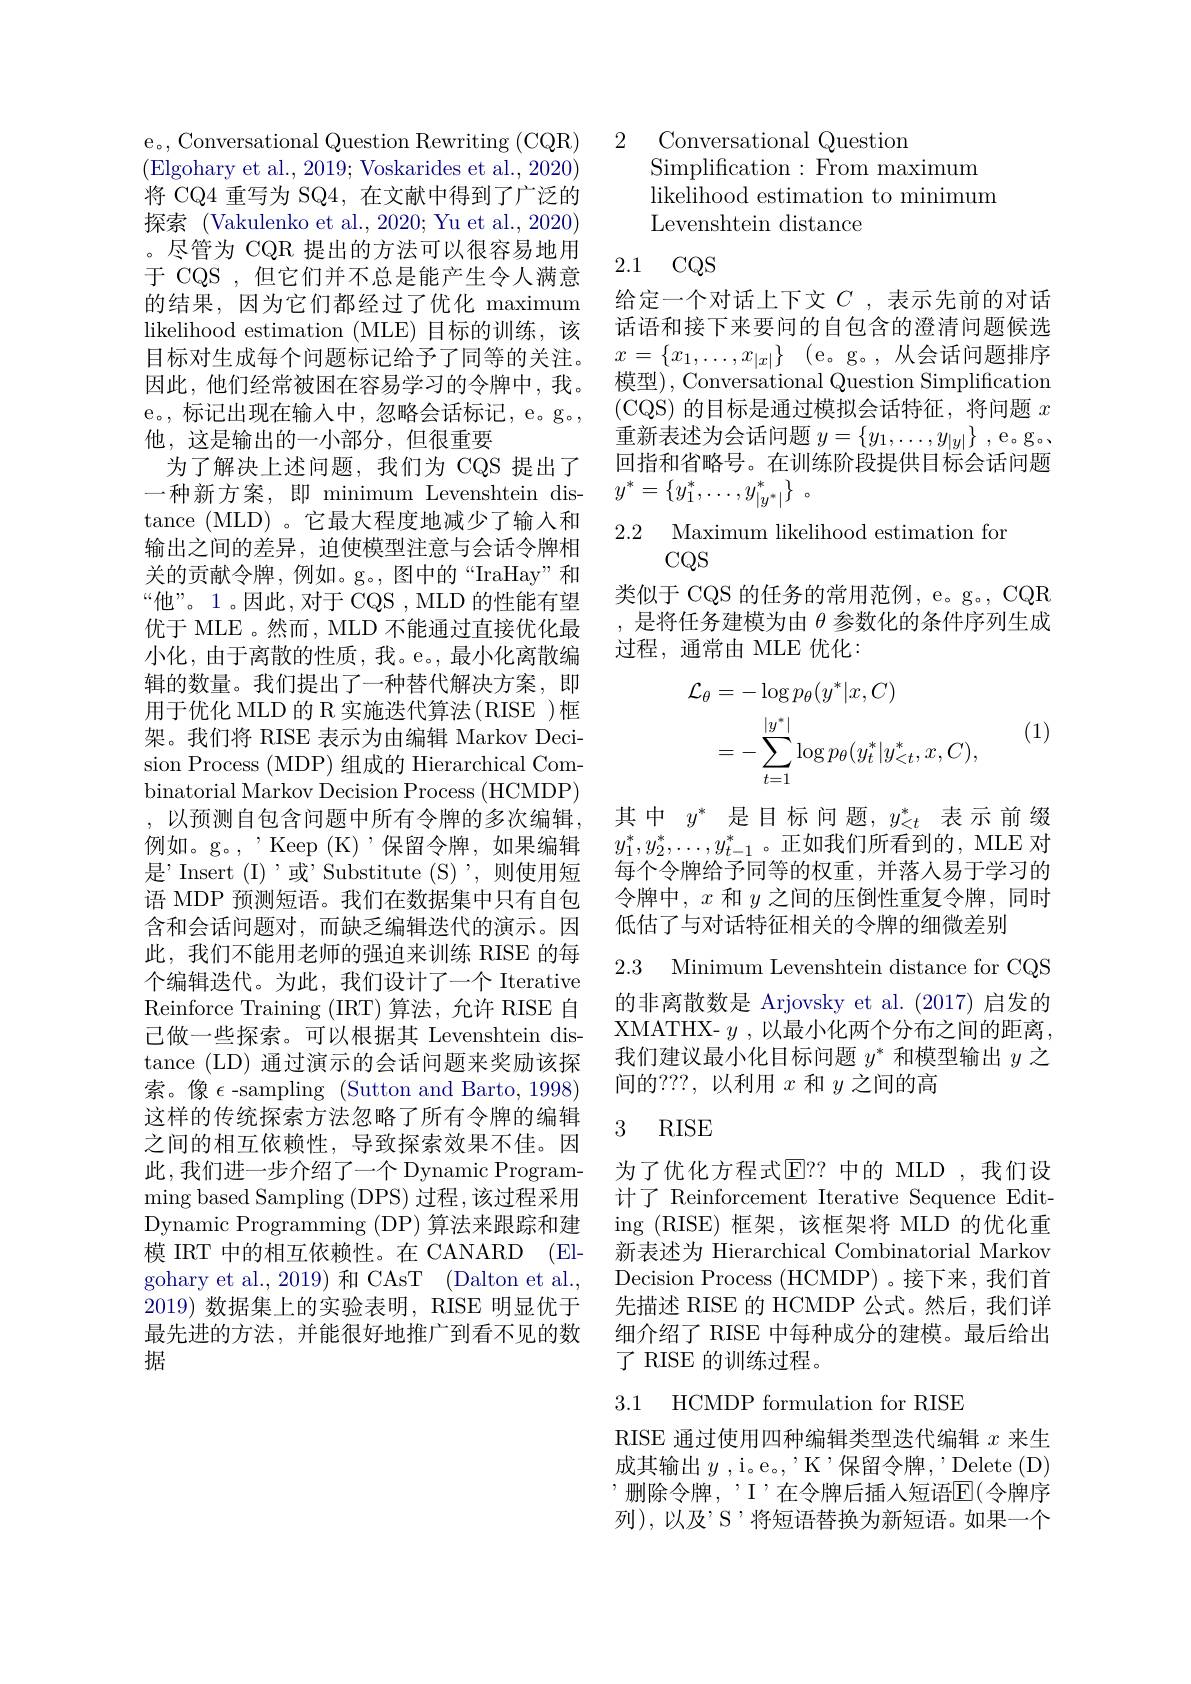
e。, Conversational Question Rewriting (CQR) (Elgohary et al., 2019; Voskarides et al., 2020) 将 CQ4 重写为 SQ4, 在文献中得到了广泛的探索 (Vakulenko et al., 2020; Yu et al., 2020) 。尽管为 CQR 提出的方法可以很容易地用于 CQS , 但它们并不总是能产生令人满意的结果，因为它们都经过了优化 maximum likelihood estimation (MLE) 目标的训练，该目标对生成每个问题标记给予了同等的关注。因此，他们经常被困在容易学习的令牌中，我。e。,标记出现在输入中，忽略会话标记，e。g。他，这是输出的一小部分，但很重要
为了解决上述问题，我们为 CQS 提出了一种新方案，即 minimum Levenshtein distance (MLD) 。它最大程度地减少了输入和输出之间的差异，迫使模型注意与会话令牌相关的贡献令牌，例如。g。,图中的“IraHay”和“他”。1。因此，对于 CQS , MLD 的性能有望优于 MLE 。然而，MLD 不能通过直接优化最小化，由于离散的性质，我。e。,最小化离散编辑的数量。我们提出了一种替代解决方案，即用于优化 MLD 的 R 实施迭代算法(RISE )框架。我们将 RISE 表示为由编辑 Markov Decision Process (MDP) 组成的 Hierarchical Combinatorial Markov Decision Process (HCMDP) ,以预测自包含问题中所有令牌的多次编辑， 例如。g。, " Keep (K) '保留令牌，如果编辑是’Insert (I)’或’Substitute (S)’,则使用短语 MDP 预测短语。我们在数据集中只有自包含和会话问题对，而缺乏编辑迭代的演示。因此，我们不能用老师的强迫来训练 RISE 的每个编辑迭代。为此，我们设计了一个 Iterative Reinforce Training (IRT) 算法，允许 RISE 自己做一些探索。可以根据其 Levenshtein distance (LD) 通过演示的会话问题来奖励该探索。像$\epsilon$ -sampling (Sutton and Barto, 1998) 这样的传统探索方法忽略了所有令牌的编辑之间的相互依赖性，导致探索效果不佳。因此，我们进一步介绍了一个 Dynamic Programming based Sampling ( DPS) 过 程 , 该 过 程 采 用 Dynamic Programming (DP) 算法来跟踪和建模 IRT 中的相互依赖性。在 CANARD (Elgohary et al., 2019) 和 CAsT (Dalton et al., 2019)数据集上的实验表明，RISE 明显优于最先进的方法，并能很好地推广到看不见的数据

2

Conversational Question

Simplification:From maximum

likelihood estimation to minimum

Levenshtein distance

## 2.1 CQS

给定一个对话上下文$C$ ,表示先前的对话话语和接下来要问的自包含的澄清问题候选$x= \{ x_1, \ldots , x_{| x| }\}$ (e。g。,从会话问题排序模型), Conversational Question Simplification (CQS)的目标是通过模拟会话特征，将问题$x$ 重新表述为会话问题$y=\{y_1,\ldots,y_{|y|}\}$ , e。g。回指和省略号。在训练阶段提供目标会话问题$y^* = \{ y_1^* , \ldots , y_{| y^* | }^* \}$ 。

2.2 Maximum likelihood estimation fon
$CQS$

类似于 CQS 的任务的常用范例，e。g。, CQR ,是将任务建模为由$\theta$参数化的条件序列生成过程，通常由 MLE 优化：

(1)
$$\begin{aligned}\mathcal{L}_{\theta}&=-\log p_{\theta}(y^{*}|x,C)\\&=-\sum_{t=1}^{|y^{*}|}\log p_{\theta}(y_{t}^{*}|y_{<t}^{*},x,C),\end{aligned}$$
其中$y^*$是目标问题，$y_<t^*$表示前缀$y_1^*,y_2^*,\ldots,y_{t-1}^*$。正如我们所看到的，MLE 对每个令牌给予同等的权重，并落人易于学习的令牌中，$x$和$y$之间的压倒性重复令牌，同时低估了与对话特征相关的令牌的细微差别

2.3 Minimum Levenshtein distance for CQS

的非离散数是 Arjovsky et al.(2017) 启发的XMATHX- $y$, 以最小化两个分布之间的距离， 我们建议最小化目标问题$y^*$和模型输出$y$之间的？??,以利用$x$和$y$之间的高

## 3 RISE

为了优化方程式E？? 中的 MLD ,我们设计了 Reinforcement Iterative Sequence Editing (RISE) 框架，该框架将 MLD 的优化重新表述为 Hierarchical Combinatorial Markov Decision Process (HCMDP) 。接下来，我们首先描述 RISE 的 HCMDP 公式。然后，我们详细介绍了 RISE 中每种成分的建模。最后给出了 RISE 的训练过程。

### 3.1 HCMDP formulation for RISE

RISE 通过使用四种编辑类型迭代编辑$x$来生成其输出$y$ ,i。e。, 'K'保留令牌，'Delete(D) '删除令牌，’I’在令牌后插人短语$\mathbb{E}($令牌序列),以及’S’将短语替换为新短语。如果一个